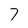
Character: 7